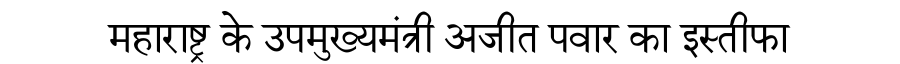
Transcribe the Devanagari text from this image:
महाराष्ट्र के उपमुख्यमंत्री अजीत पवार का इस्तीफा